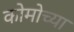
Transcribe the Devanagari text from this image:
कोमोच्या